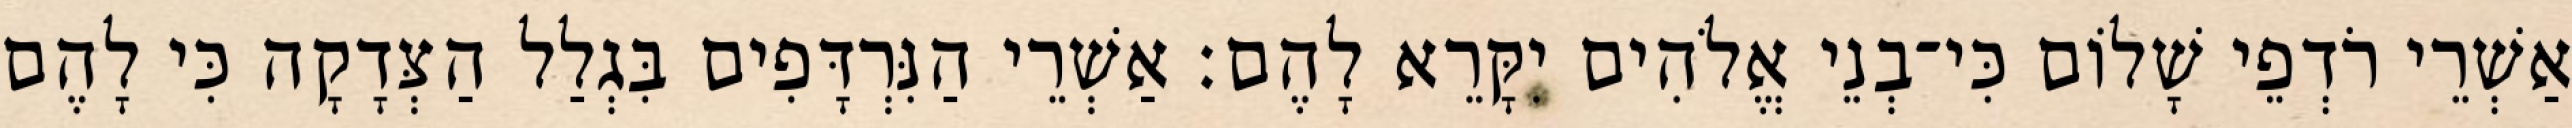
אַשְׁרֵי רֹדְפֵי שָׁלוֹם כִּי־בְנֵי אֱלֹהִים יִקָּרֵא לָהֶם׃ אַשְׁרֵי הַנִּרְדָּפִים בִּגְלַל הַצְּדָקָה כִּי לָהֶם